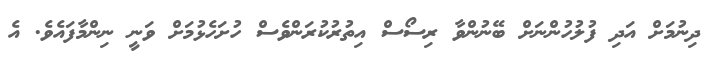
ދިނުމަށް އަދި ފުލުހުންނަށް ބޭނުންވާ ރިސޯސް އިިތުރުކުރަންވެސް ހުށަހެޅުމަށް ވަނީ ނިންމާފައެވެ. އެ